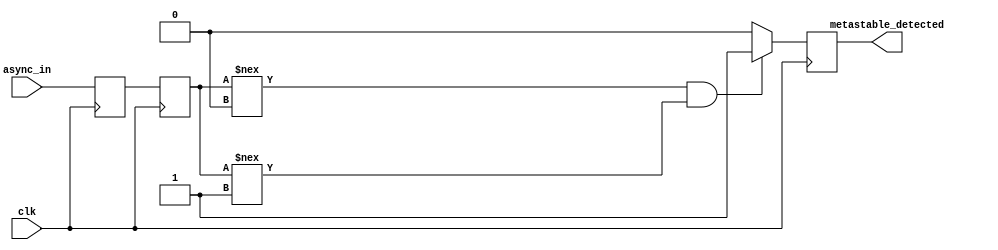
module two_ff_metastability_detector (
    input wire clk,               // Clock signal
    input wire async_in,          // Asynchronous input signal
    output reg metastable_detected // Output signal indicating metastability
);

// Internal signals for the two flip-flops
reg ff1_out;                   // Output of the first flip-flop
reg ff2_out;                   // Output of the second flip-flop

// First flip-flop (FF1)
always @(posedge clk) begin
    ff1_out <= async_in;       // Sample the asynchronous input
end

// Second flip-flop (FF2)
always @(posedge clk) begin
    ff2_out <= ff1_out;        // Sample the output of FF1
end

// Metastability detection logic
always @(posedge clk) begin
    // Check if FF2 output is stable after two clock cycles
    // Here we assume that the FF2 output should stabilize
    // to either '0' or '1'. If it doesn't, we flag it as metastable.
    if (ff2_out !== 1'b0 && ff2_out !== 1'b1) begin
        metastable_detected <= 1'b1; // Metastability detected
    end else begin
        metastable_detected <= 1'b0; // No metastability detected
    end
end

endmodule